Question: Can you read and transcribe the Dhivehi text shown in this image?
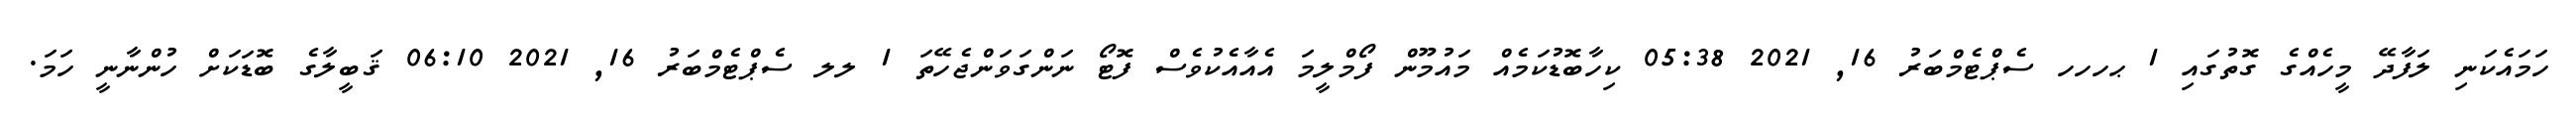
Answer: ހަމައެކަނި ލަފާދޭ މީހެއްގެ ގޮތުގައި 1 ޙހހހ ސެޕްޓެމްބަރު 16, 2021 05:38 ކިހާބޮޑުކަމެއް މައުމޫން ފޯމްލީމަ އެއާއެކުވެސް ފޮޓޯ ނަންގަވަންޖެހޭތަ 1 ލލ ސެޕްޓެމްބަރު 16, 2021 06:10 ޤަބީލާގެ ބޮޑަކަށް ހުންނާނީ ހަމަ.